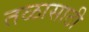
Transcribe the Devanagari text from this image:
तळासाठी